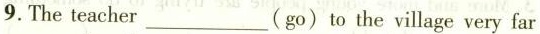
9.The teacher___(go) to the village very far